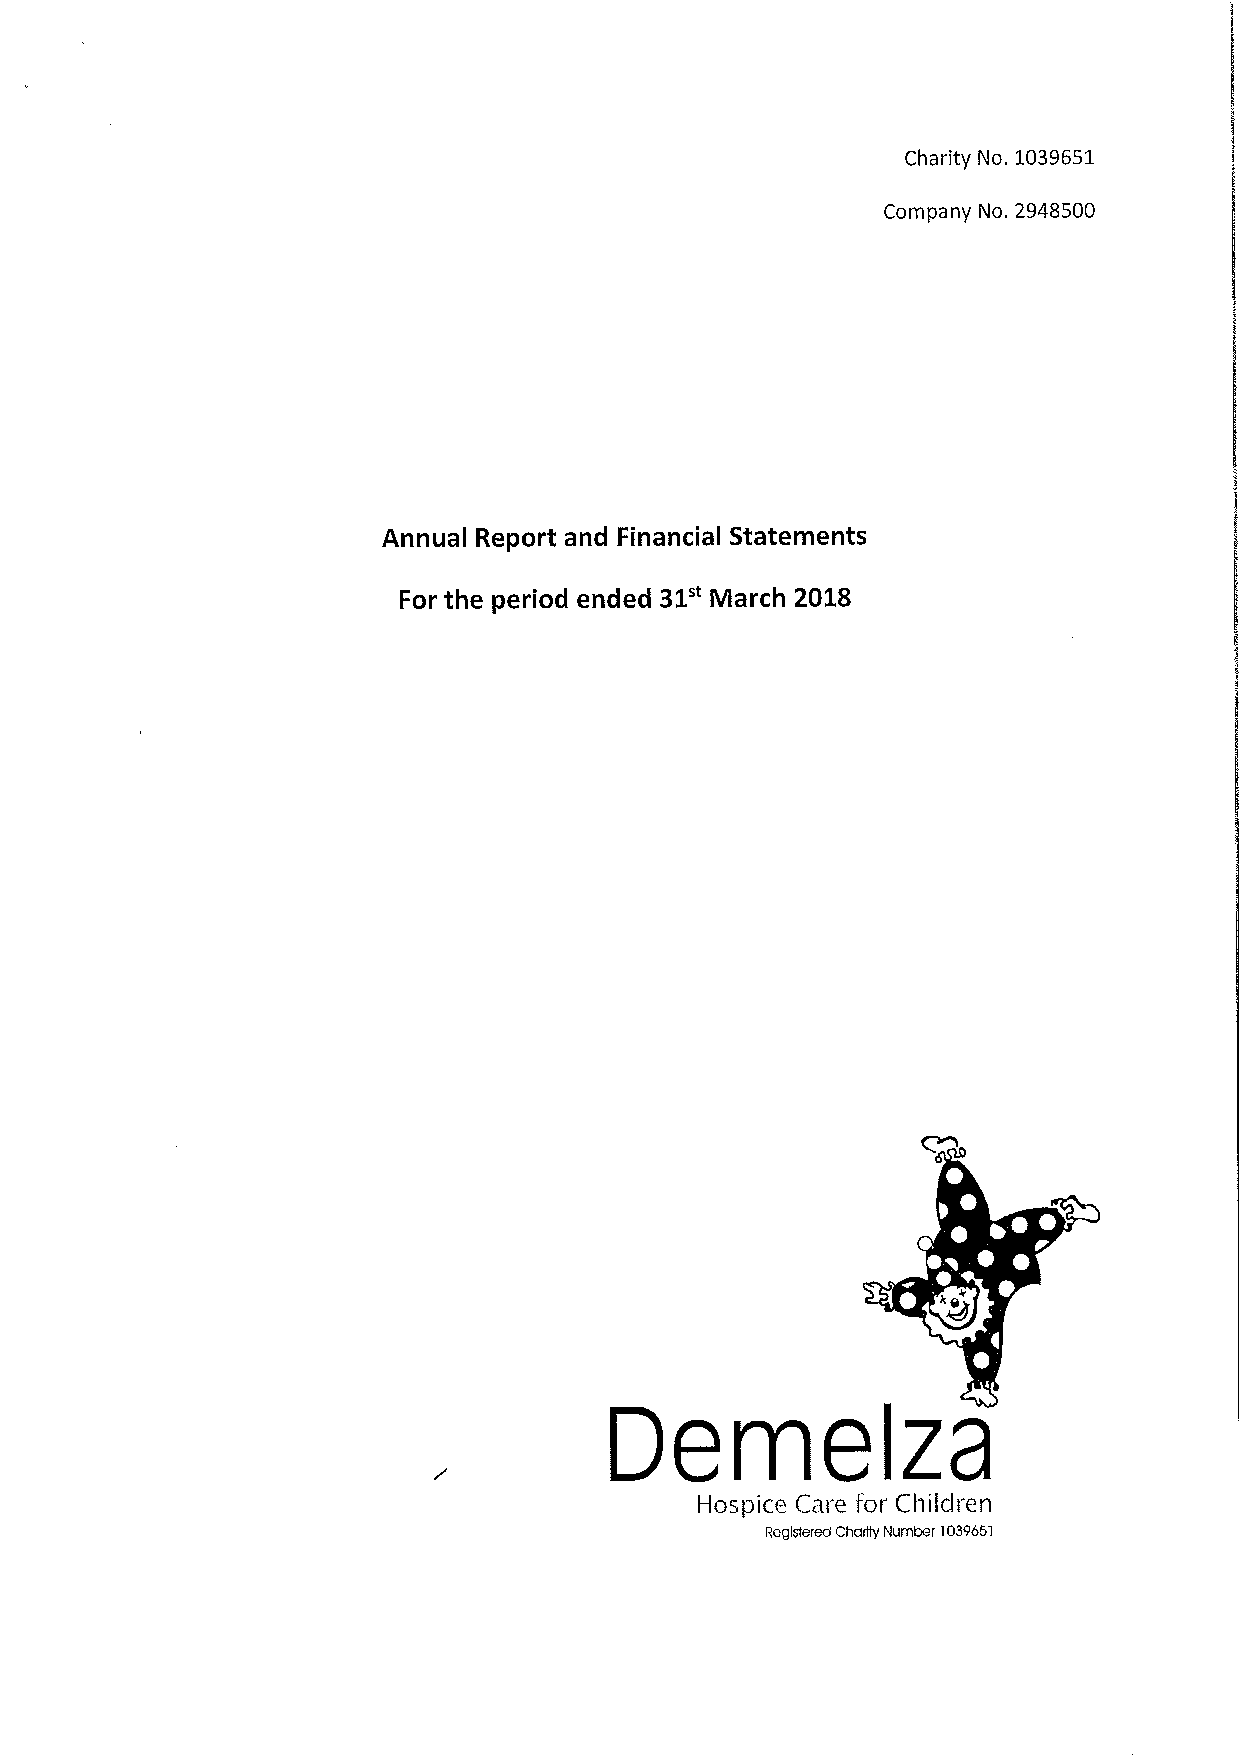
Charity No. 1039651
 Company No. 2948500
 Annual Report and Financial Statements
 31"
 For the period ended March 2018
 Z
 Hospice Care for Children
 Registered Charity Number 103965)